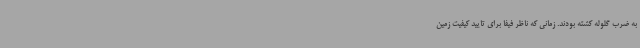
به ضرب گلوله کشته بودند. زمانی که ناظر فیفا برای تایید کیفیت زمین